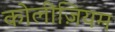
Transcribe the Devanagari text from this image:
कोलीज़ियम